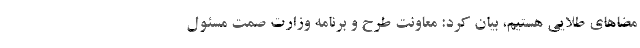
مضاهای طلایی هستیم، بیان کرد: معاونت طرح و برنامه وزارت صمت مسئول